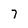
Character: 7